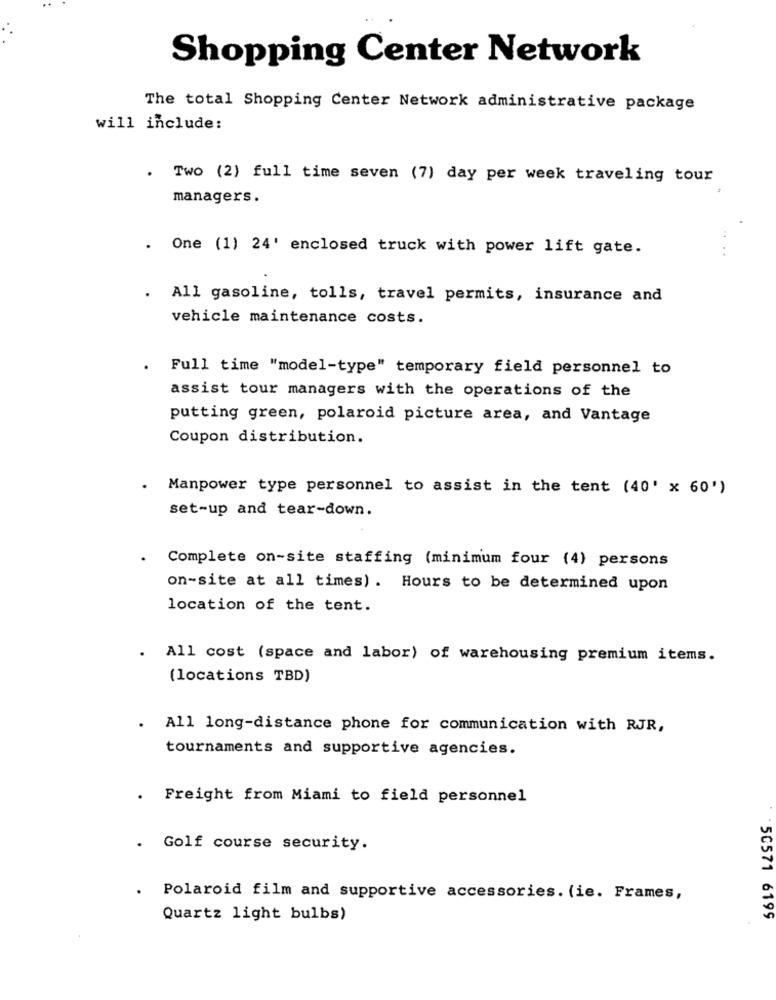
Shopping Center Network
The total Shopping Center Network administrative package
will include:
Two (2) full time seven (7) day per week traveling tour
managers.
.
One (1) 24' enclosed truck with power lift gate.
All gasoline, tolls, travel permits, insurance and
vehicle maintenance costs.
Full time "model-type" temporary field personnel to
assist tour managers with the operations of the
putting green, polaroid picture area, and Vantage
Coupon distribution.
Manpower type personnel to assist in the tent (40' x 60')
set-up and tear-down.
Complete on-site staffing (minimum four (4) persons
on-site at all times) . Hours to be determined upon
location of the tent.
All cost (space and labor) of warehousing premium items.
(locations TBD)
All long-distance phone for communication with RJR,
tournaments and supportive agencies.
Freight from Miami to field personnel
.
Golf course security.
Polaroid film and supportive accessories. (ie. Frames,
Quartz light bulbs)
50571 6199